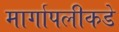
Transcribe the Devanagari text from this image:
मार्गापलीकडे